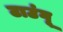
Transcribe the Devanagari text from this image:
टाउंगू